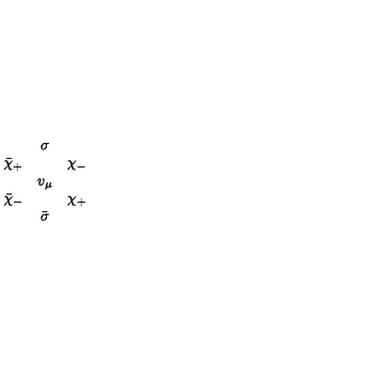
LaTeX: \begin{array} { c c c } { } & { \sigma } & { } \\ { \bar { \chi } _ { + } } & { } & { \chi _ { - } } \\ { } & { v _ { \mu } } & { } \\ { \bar { \chi } _ { - } } & { } & { \chi _ { + } } \\ { } & { \bar { \sigma } } & { } \\ \end{array}